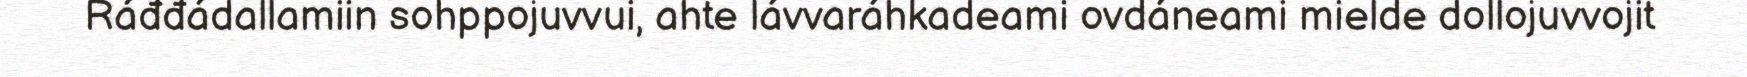
Ráđđádallamiin sohppojuvvui, ahte lávvaráhkadeami ovdáneami mielde dollojuvvojit